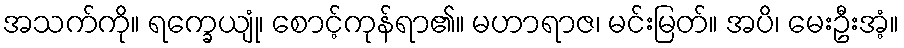
အသက်ကို။ ရက္ခေယျုံ၊ စောင့်ကုန်ရာ၏။ မဟာရာဇ၊ မင်းမြတ်။ အပိ၊ မေးဦးအံ့။